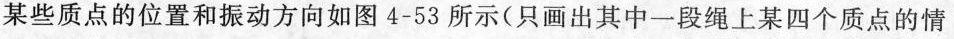
某些质点的位置和振动方向如图4-53所示(只画出其中一段绳上某四个质点的情